Calcutta medical institutions reports 1879-81 [i.e.91]
Year: 1879
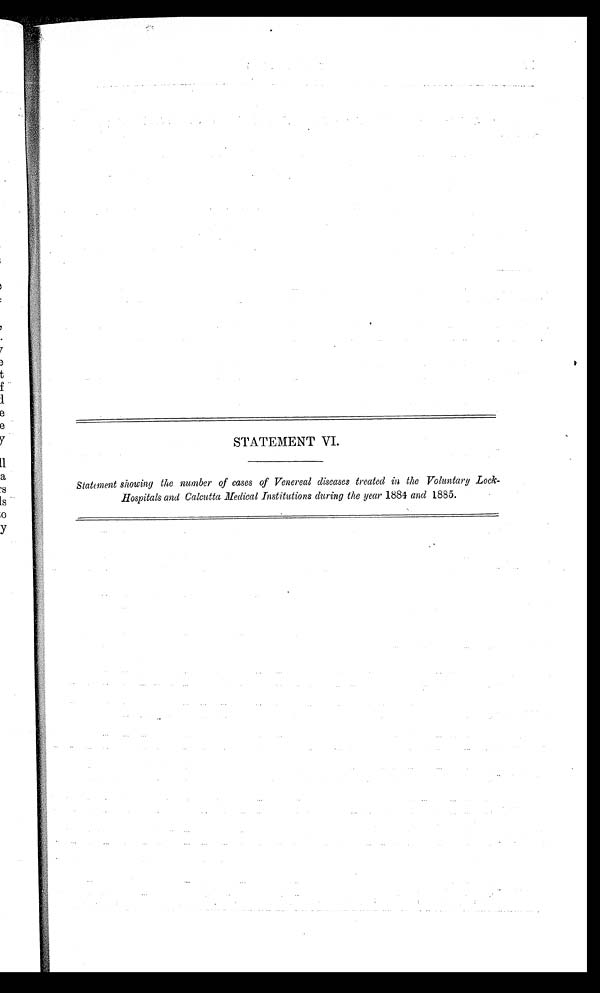
STATEMENT VI.
Statement showing the number of cases of Venereal diseases treated in the Voluntary Lock-
Hospitals and Calcutta Medical Institutions during the year 1884 and 1885.